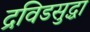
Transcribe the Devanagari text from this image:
द्रविडसुद्धा